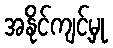
အနိုင်ကျင့်မှု